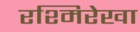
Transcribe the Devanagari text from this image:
रश्मिरेखा